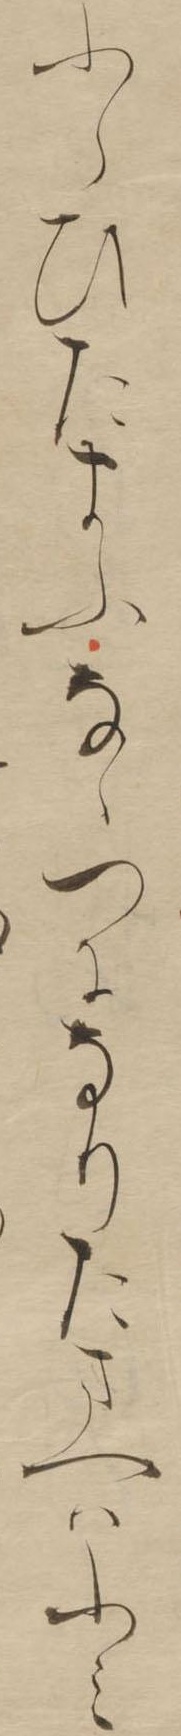
ふらひたまふなゝつになりたまへはふみ